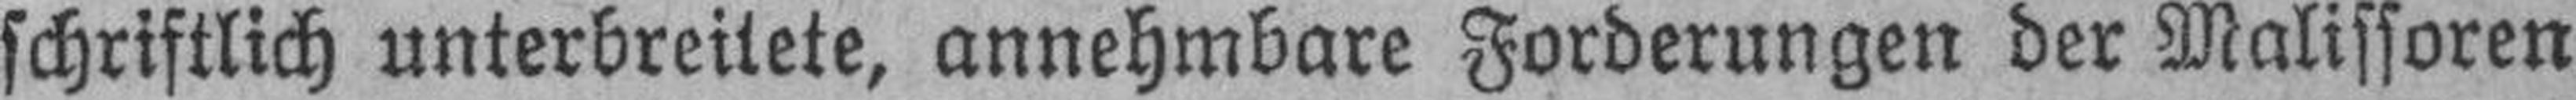
schriftlich unterbreitete, annehmbare Forderungen der Malissoren